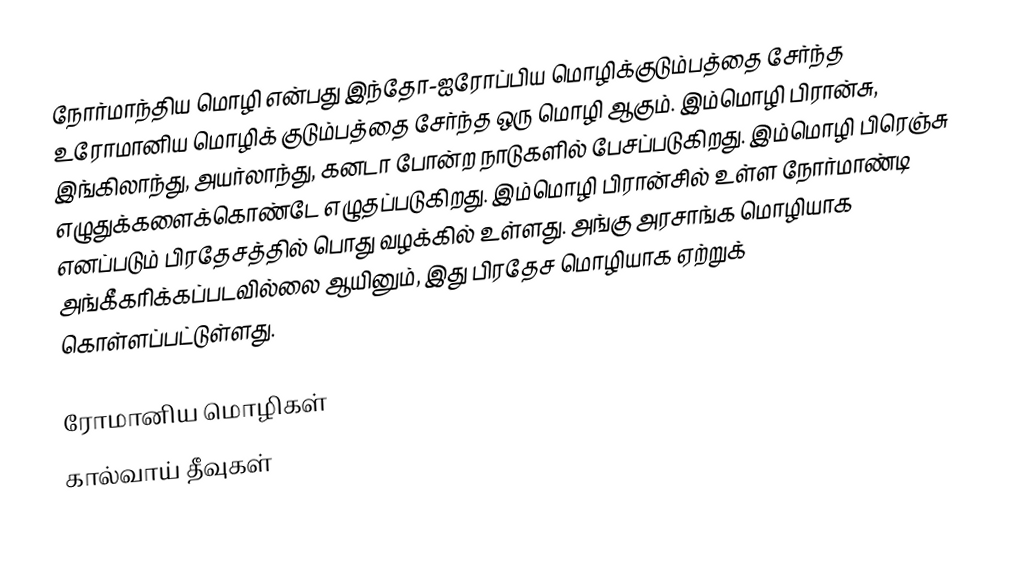
நோர்மாந்திய மொழி என்பது இந்தோ-ஐரோப்பிய மொழிக்குடும்பத்தை சேர்ந்த உரோமானிய மொழிக் குடும்பத்தை சேர்ந்த ஒரு மொழி ஆகும். இம்மொழி பிரான்சு, இங்கிலாந்து, அயர்லாந்து, கனடா போன்ற நாடுகளில் பேசப்படுகிறது. இம்மொழி பிரெஞ்சு எழுதுக்களைக்கொண்டே எழுதப்படுகிறது. இம்மொழி பிரான்சில் உள்ள நோர்மாண்டி எனப்படும் பிரதேசத்தில் பொது வழக்கில் உள்ளது. அங்கு அரசாங்க மொழியாக அங்கீகரிக்கப்படவில்லை ஆயினும், இது பிரதேச மொழியாக ஏற்றுக் கொள்ளப்பட்டுள்ளது.

ரோமானிய மொழிகள்
கால்வாய் தீவுகள்